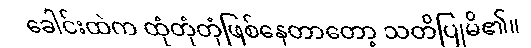
ခေါင်းထဲက ထုံတုံတုံဖြစ်နေတာတော့ သတိပြုမိ၏။